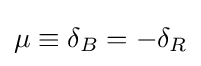
\mu \equiv \delta _{B}=-\delta _{R}